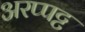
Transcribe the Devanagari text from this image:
अरप्पट्ट